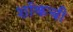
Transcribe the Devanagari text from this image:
शॉकची